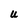
Character: U